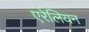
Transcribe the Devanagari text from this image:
एरेलियन